Vaccination in Bombay 1874-1876 - 1874-1876
Year: 1874
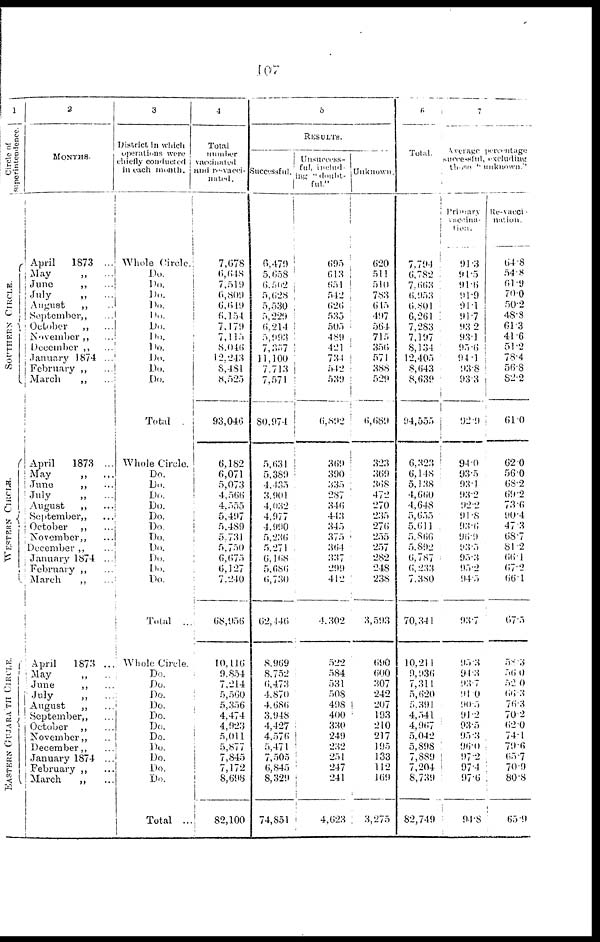
107
1
Circle
of
superintendence.
SOUTHERN
CIRCLE.
WESTERN CIRCLE.
EASTERN GUJARATH
CIRCLE.
2
MONTHS.
April
1873 ...
May
„
...
June
„ ...
July
„ ...
August
„ ...
September „ ...
October
„ ...
November „ ...
December „ ...
January 1874 ...
February „ ...
March
„ ...
April
1873 ...
May
„ ...
June
„ ...
July „ ...
August
„ ...
September„ ...
October
„ ...
November „ ...
December „ ...
January 1874
February „ ...
March
„ ...
April
1873 ...
May „ ...
June
„ ...
July „ ...
August
„ ...
September „ ...
October
„ ...
November „ ...
December „ ...
January 1874
February „ ...
March
„ ...
3
District In which
operations
were
chiefly conducted
in each month.
Whole Circle.
Do.
Do.
Do.
Do.
Do.
Do.
Do.
Do.
Do.
Do.
Do.
Total .
Whole Circle.
Do.
Do.
Do.
Do.
Do.
Do.
Do.
Do.
Do.
Do.
Do.
Total ...
Whole Circle.
Do.
Do.
Do.
Do.
Do.
Do.
Do.
Do.
Do.
Do.
Do.
Total ...
4
Total
number
vaccinated
and re-vacci-
nated.
7,678
6,648
7,519
6,809
6,619
6, 154
7,179
7,115
8,845
12,243
8,481
8,525
93,046
6,182
6,071
5,073
4,566
4, 555
5,497
5,489
5,731
5,750
6,675
6,127
7,240
68,956
10,116
9,854
7,214
5,560
5,356
4,474
4,923
5,011
5,877
7,845
7,172
8,698
82,100
5
RESULTS.
successful.
6,479
5,658
6,502
5,628
5,530
5,229
6,214
5,993
7,357
11,100
7,713
7,571
80,974
5,631
5,389
4,435
3,901
4,032
4,977
4,990
5,236
5,271
6,168
5,686
6,730
62,446
8,969
8,752
6,473
4,870
4,686
3,948
4,427
4,576
5,471
7,505
6,845
8,329
74,85l
Unsuccess-
ful, includ-
ing "doubt-
ful."
695
613
651
542
626
535
505
489
421
734
542
539
6,892
369
390
335
287
346
443
345
375
364
337
299
412
4,302
522
584
531
508
495
400
330
249
232
251
247
241
4,623
Unknown.
620
511
510
783
645
497
564
715
356
571
388
529
6,689
323
369
368
472
270
235
276
255
257
282
248
238
3,593
690
600
307
242
207
193
210
217
195
133
112
169
3,275
6
Total.
7,794
6,782
7,663
6,953
6.801
6,261
7,283
7,197
8,134
12,405
8,643
8,639
94,555
6,323
6,148
5,138
4,660
4,648
5,655
5,611
5,866
5,892
6,787
6,233
7,380
70,341
10,211
9,936
7,311
5,620
5,391
4,541
4,967
5,042
5,898
7,889
7,204
8,739
82,749
7
Average
percentage
successful, excluding
those."
unknown".
Primary
vaccina-
tion.
91.3
91.5
91.6
91.9
91.1
91.7
93.2
93.1
95.6
94.1
93.8
93.3
92.9
94.0
93.5
93.1
93.2
922
91.8
93.6
96.9
93.5
95.3
95.2
94.5
93.7
95.3
94.3
93.7
91.0
90.5
91.2
93.5
95.3
96.0
97.2
97.4
97.6
94.8
Re-vacci
nation.
64.8
54.8
61.9
70.0
50.2
48.8
61.3
41.6
51.2
78.4
56.8
82.2
61.0
62.0
56.0
68.2
69.2
73.6
90.4
47.3
68.7
81.2
66.1
67.2
66.1
67.5
58.3
56.0
52.0
66.3
76.3
70.2
62.0
74.1
79.6
65.7
70.9
80.8
65.9